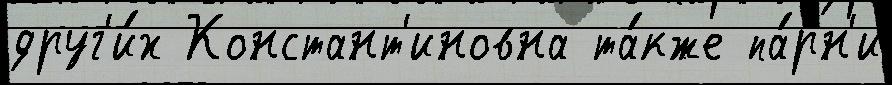
друг'и́х Констант'иновна та́кже па́рн'и